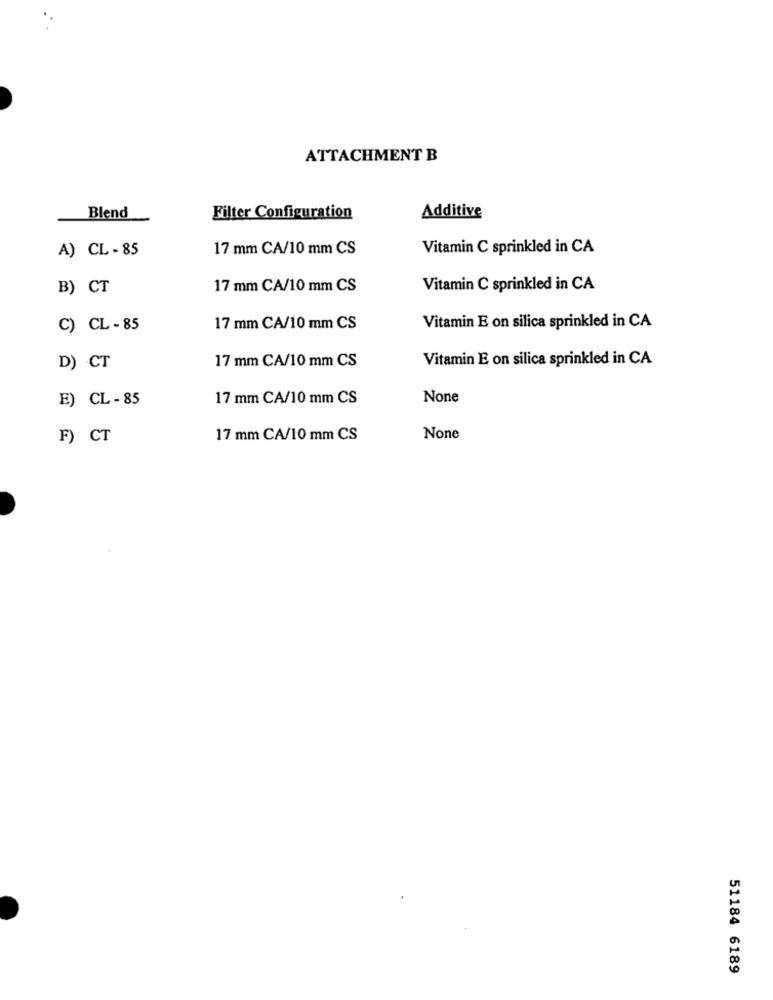
ATTACHMENT B
Additive
Blend
Filter Configuration
A) CL - 85
17 mm CA/10 mm CS
Vitamin C sprinkled in CA
B) CT
17 mm CA/10 mm CS
Vitamin C sprinkled in CA
C) CL - 85
17 mm CA/10 mm CS
Vitamin E on silica sprinkled in CA
17 mm CA/10 mm CS
Vitamin E on silica sprinkled in CA
D) CT
E) CL - 85
17 mm CA/10 mm CS
F) CT
17 mm CA/10 mm CS
51184 6189